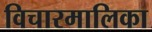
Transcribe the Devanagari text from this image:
विचारमालिका